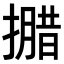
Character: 𭢝